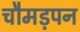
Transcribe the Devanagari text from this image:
चौमड़पन